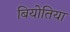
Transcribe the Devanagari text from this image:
बियोतिया